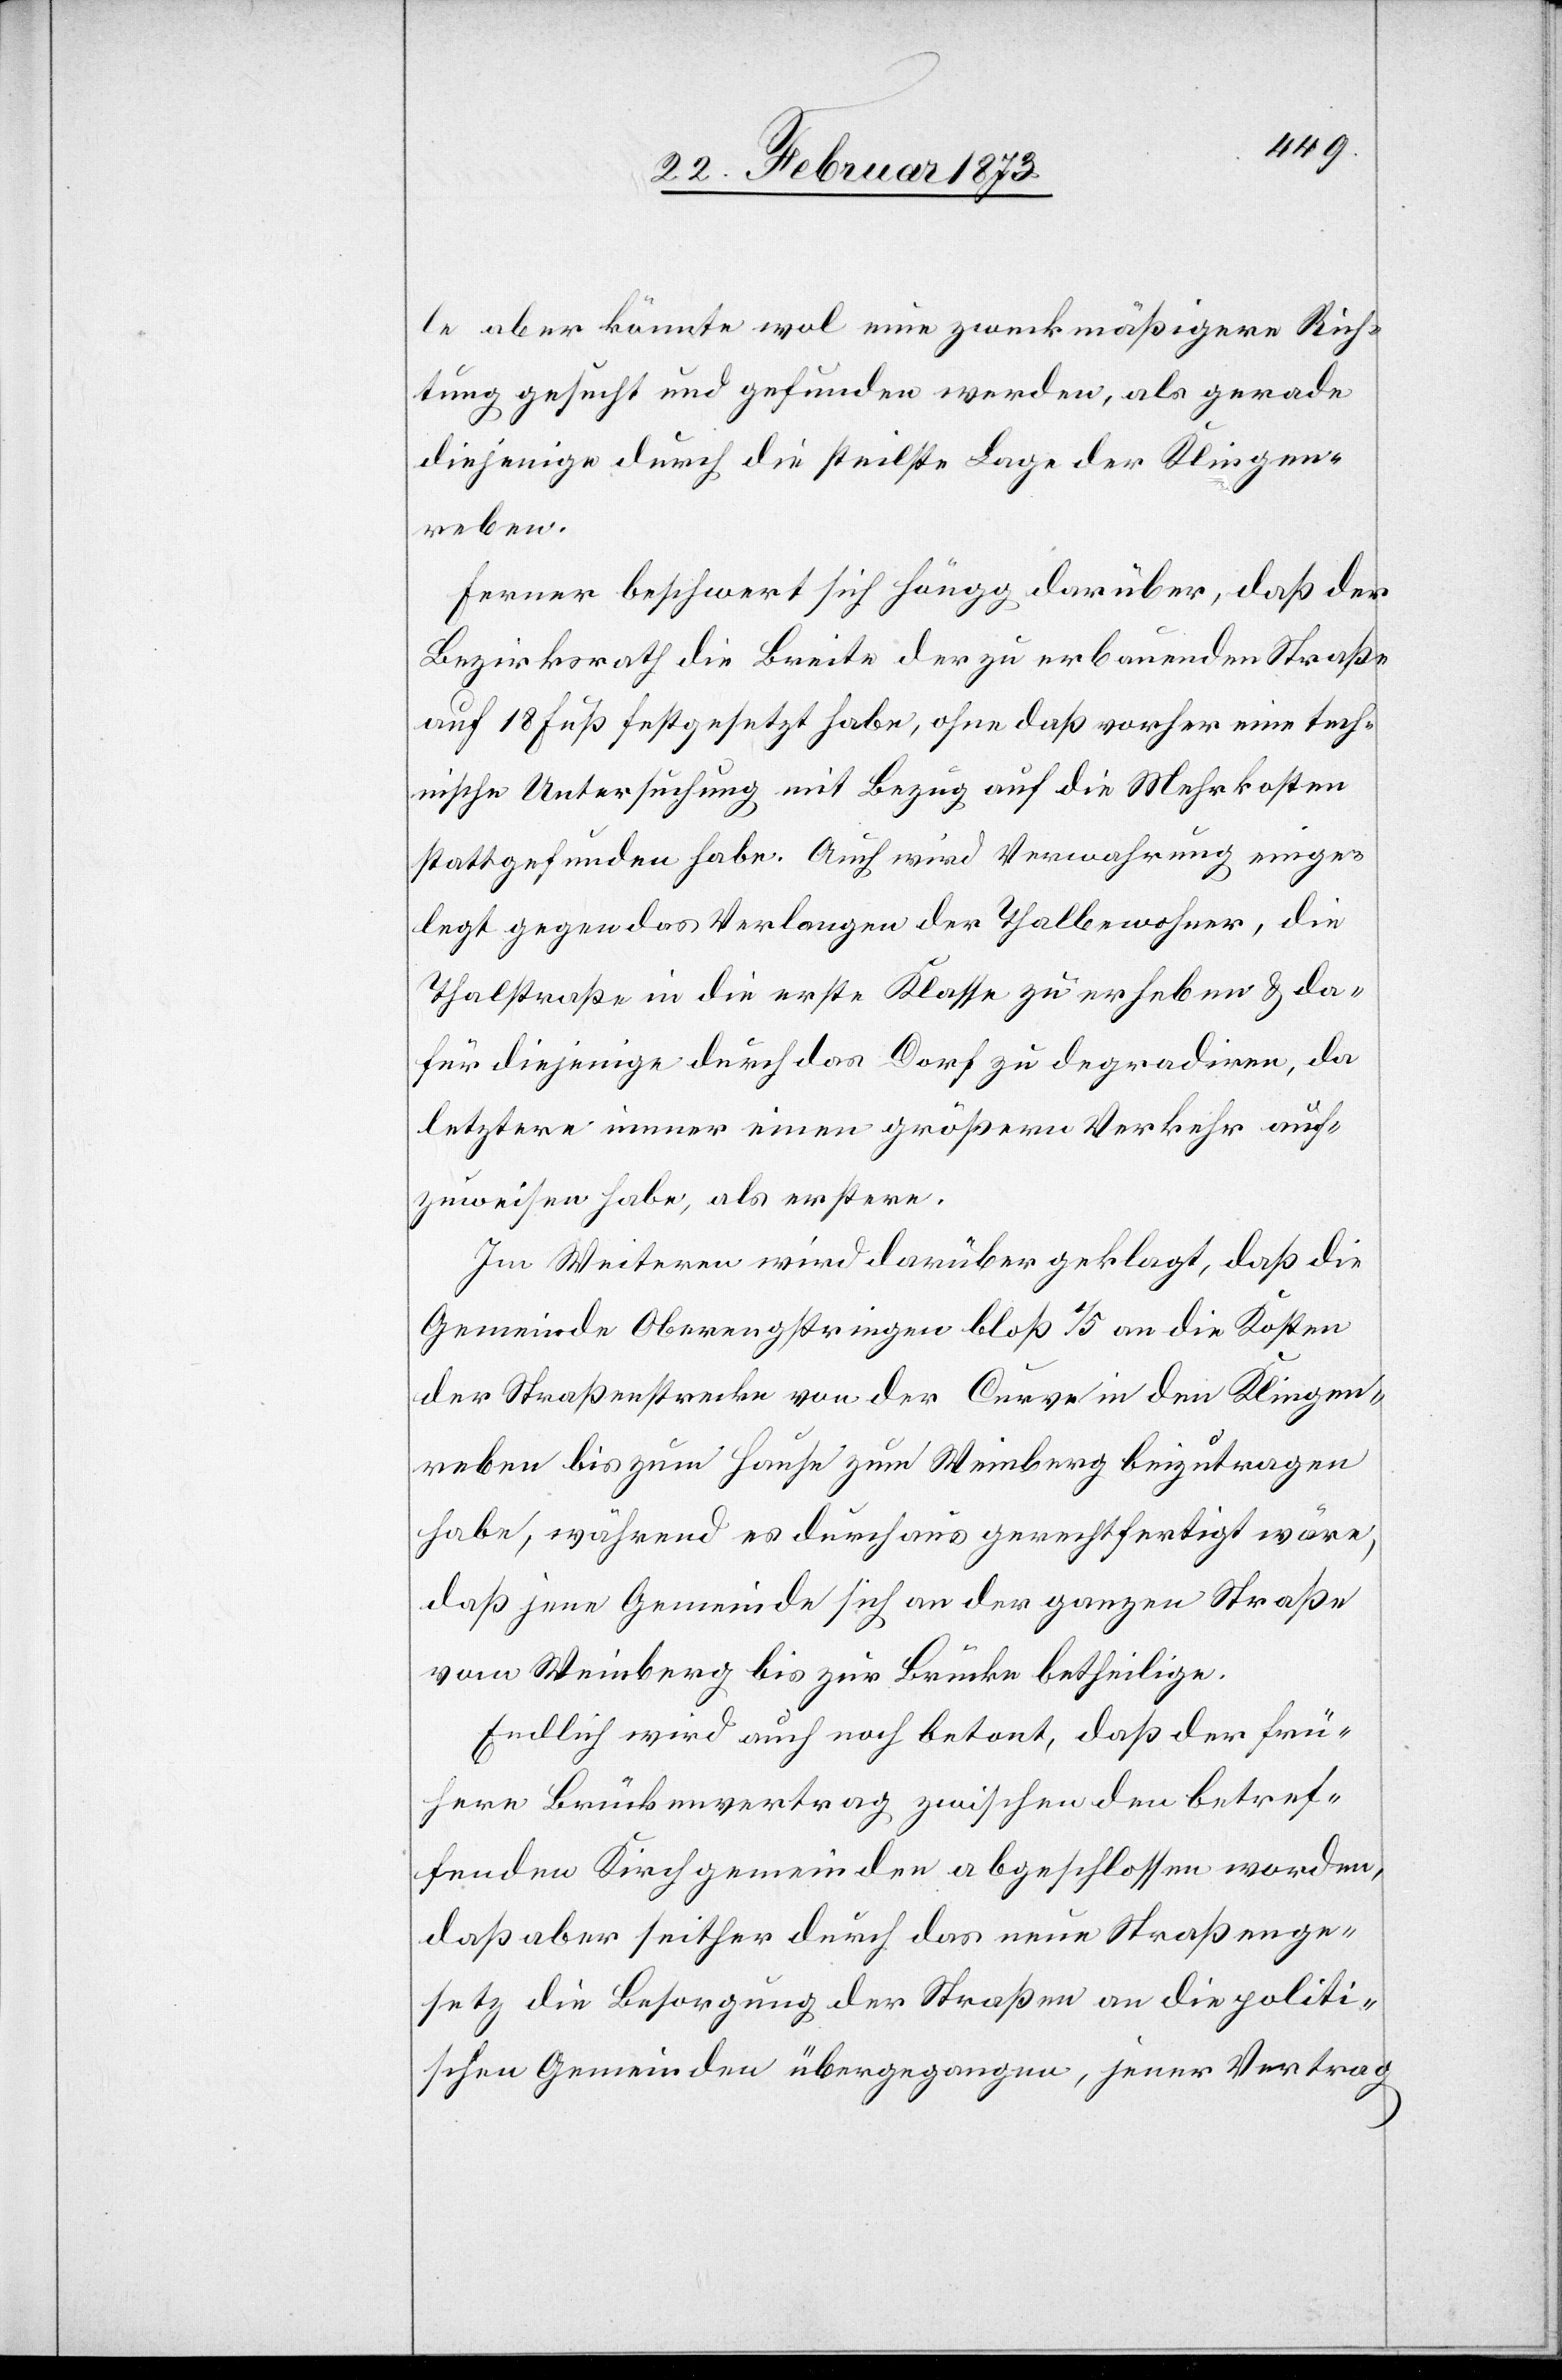
le aber könnte wol eine zweckmäßigere Rich¬
tung gesucht und gefunden werden, als gerade
diejenige durch die steilste Lage der Klingen¬
reben.
Ferner beschwert sich Höngg darüber, daß der
Bezirksrath die Breite der zu erbauenden Straße
auf 18 Fuß festgesetzt habe, ohne daß vorher eine tech¬
nische Untersuchung mit Bezug auf die Mehrkosten
stattgefunden habe. Auch wird Verwahrung einge¬
legt gegen das Verlangen der Thalbewohner, die
Thalstraße in die erste Klasse zu erheben u. da¬
für diejenige durch das Dorf zu degradiren, da
letztere immer einen größern Verkehr auf¬
zuweisen habe, als erstere.
Im Weiteren wird darüber geklagt, daß die
Gemeinde Oberengstringen bloß 1/5 an die Kosten
der Straßenstrecke von der Curve in den Klingen¬
reben bis zum Hause zum Weinberg beizutragen
habe, während es durchaus gerechtfertigt wäre,
daß jene Gemeinde sich an der ganzen Straße
von Weinberg bis zur Brücke betheilige.
Endlich wird auch noch betont, daß der frü¬
here Brückenvertrag zwischen den betref¬
fenden Kirchgemeinden abgeschlossen worden,
daß aber seither durch das neue Straßenge¬
setz die Besorgung der Straßen an die politi¬
schen Gemeinden übergegangen, jener Vertrag